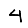
Digit: 4